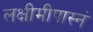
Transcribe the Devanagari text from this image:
लक्षीमीपास्नं